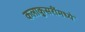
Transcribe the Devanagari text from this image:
कलाकुसरींमध्ये